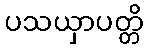
ပသယှာပတ္တိ